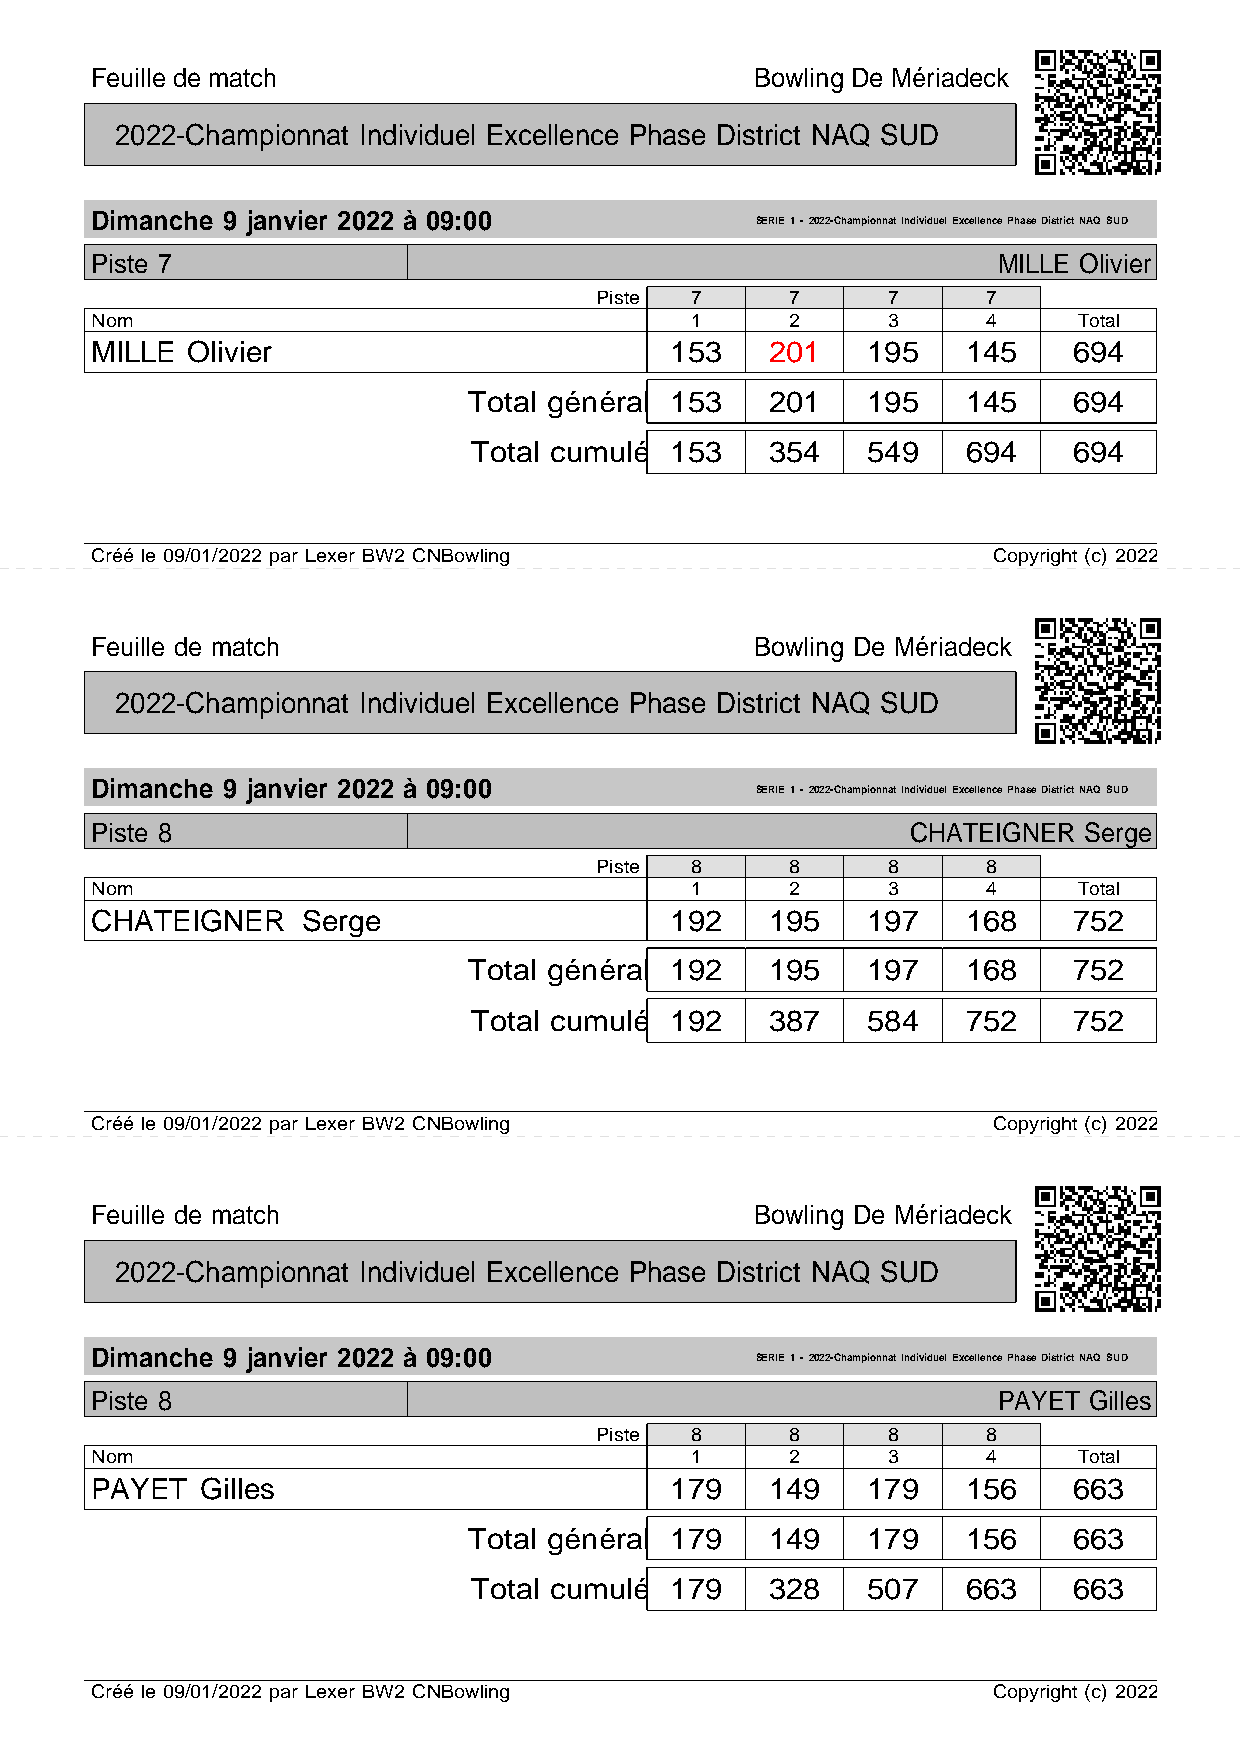
Feuille de match                            Bowling De Mériadeck
 2022-Championnat Individuel Excellence Phase District NAQ SUD
 Dimanche 9 janvier 2022 à 09:00
 SERIE 1 - 2022-Championnat Individuel Excellence Phase District NAQ SUD
 Piste 7                                                     MILLE Olivier
 Piste  7     7      7     7
 Nom                                     1     2      3     4     Total
 MILLE Olivier                         153    201   195    145    694
 Total général 153   201   195    145    694
 Total cumulé 153    354   549    694    694
 Créé le 09/01/2022 par Lexer BW2 CNBowling                  Copyright (c) 2022
 Feuille de match                            Bowling De Mériadeck
 2022-Championnat Individuel Excellence Phase District NAQ SUD
 Dimanche 9 janvier 2022 à 09:00
 SERIE 1 - 2022-Championnat Individuel Excellence Phase District NAQ SUD
 Piste 8                                               CHATEIGNER  Serge
 Piste  8     8      8     8
 Nom                                     1     2      3     4     Total
 CHATEIGNER    Serge                   192    195   197    168    752
 Total général 192   195   197    168    752
 Total cumulé 192    387   584    752    752
 Créé le 09/01/2022 par Lexer BW2 CNBowling                  Copyright (c) 2022
 Feuille de match                            Bowling De Mériadeck
 2022-Championnat Individuel Excellence Phase District NAQ SUD
 Dimanche 9 janvier 2022 à 09:00
 SERIE 1 - 2022-Championnat Individuel Excellence Phase District NAQ SUD
 Piste 8                                                     PAYET Gilles
 Piste  8     8      8     8
 Nom                                     1     2      3     4     Total
 PAYET  Gilles                         179    149   179    156    663
 Total général 179   149   179    156    663
 Total cumulé 179    328   507    663    663
 Créé le 09/01/2022 par Lexer BW2 CNBowling                  Copyright (c) 2022